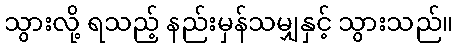
သွားလို့ ရသည့် နည်းမှန်သမျှနှင့် သွားသည်။